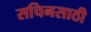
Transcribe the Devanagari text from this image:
सचिनसाठी